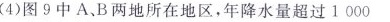
(4)图9中A、B两地所在地区，年降水量超过1000